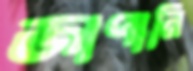
জাপানি